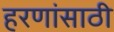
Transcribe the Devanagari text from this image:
हरणांसाठी